Report on horse surra - Volume I
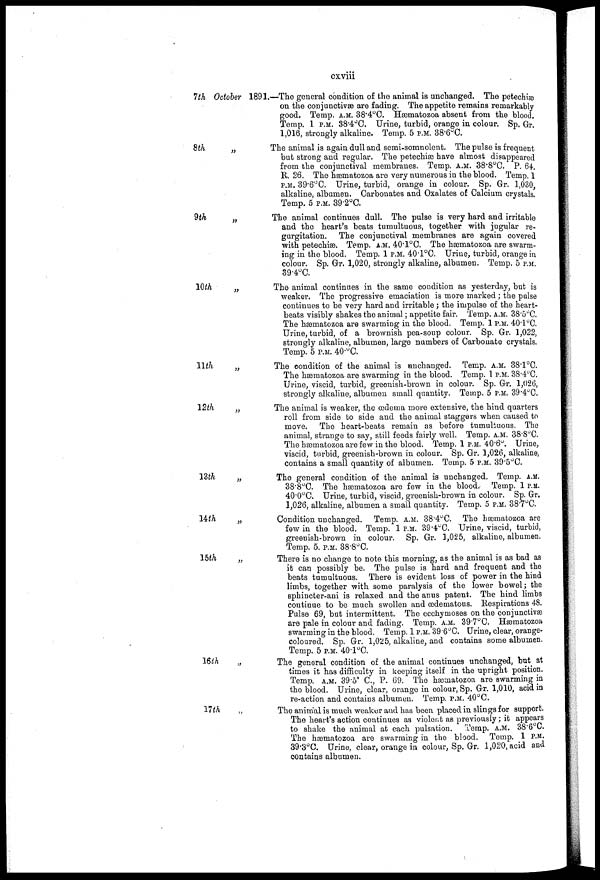
cxviii
1th October
8th
„
9th
10th
„
11th
„
12th
13th
14th
15th „
16th
17th
„
1891.—The general condition of the animal is unchanged. The petechiæ
on the conjunctivae are fading. The appetite remains remarkably
good. Temp. A.M. 38.4°C. Hæmatozoa absent from the blood.
Temp. 1 P.M. 38.4°C. Urine, turbid, orange in colour. Sp. Gr
1,016, strongly alkaline. Temp. 5 P.M. 38.6°C.
The animal is again dull and semi-somnolent. The pulse is frequent
but strong and regular. The petechiæ have almost disappeared
from the conjunctival membranes. Temp. A.M. 38.8°C. P. 64.
R. 26. The hæmatozoa are very numerous in the blood. Temp. 1
P.M. 39.6°C. Urine, turbid, orange in colour. Sp. Gr. 1,030
alkaline, albumen. Carbonates and Oxalates of Calcium crystals
Temp. 5 P.M. 39.2°C.
The animal continues dull. The pulse is very hard and irritable
and the heart's beats tumultuous, together with jugular re-
gurgitation. The conjunctival membranes are again covered
with petechias. Temp. A.M. 40.l°C. The hæmatozoa are swarm-
ing in the blood. Temp. 1 P.M. 40 . 1°C. Urine, turbid, orange in
colour. Sp. Gr. 1,020, strongly alkaline, albumen. Temp. 5 P.M.
39.4°C.
The animal continues in the same condition as yesterday, but is
weaker. The progressive emaciation is more marked ; the pulse
continues to be very hard and irritable; the impulse of the heart-
beats visibly shakes the animal; appetite fair. Temp. A.M. 38.5ºC.
The hæmatozoa are swarming in the blood. Temp. 1 P.M. 40.1°C.
Urine, turbid, of a brownish pea-soup colour. Sp. Gr. 1,022,
strongly alkaline, albumen, large numbers of Carbonate crystals.
Temp. 5 P.M. 40.°C.
The condition of the animal is unchanged. Temp. A.M. 38.1°C.
The hæmatozoa are swarming in the blood. Temp. 1 P.M. 3S.4°C.
Urine, viscid, turbid, greenish-brown in colour. Sp. Gr. 1,026,
strongly alkaline, albumen small quantity. Temp. 5 P.M. 39 . 4°C.
The animal is weaker, the œdema more extensive, the hind quarters
roll from side to side and the animal staggers when caused to
move. The heart-beats remain as before tumultuous. The
animal, strange to say, still feeds fairly well. Temp. A.M. 38.8°C.
The hæmatozoa are few in the blood. Temp. 1 P.M. 40.6°. Urine,
viscid, turbid, greenish-brown in colour. Sp. Gr. 1,026, alkaline,
contains a small quantity of albumen. Temp. 5 P.M. 39.5°C.
The general condition of the animal is unchanged. Temp. A.M.
38.8°C. The hæmatozoa are few in the blood. Temp. 1 P.M.
40.0°C. Urine, turbid, viscid, greenish-brown in colour. Sp. Gr.
1,026, alkaline, albumen a small quantity. Temp. 5 P.M. 38.7°C.
Condition unchanged. Temp. A.M. 38.4ºC. The hæmatozoa are
few in the blood. Temp. 1 P.M. 39.4°C. Urine, viscid, turbid,
greenish-brown in colour. Sp. Gr. 1,025, alkaline, albumen.
Temp. 5. P.M. 38.8°C.
There is no change to note this morning, as the animal is as bad as
it can possibly be. The pulse is hard and frequent and the
beats tumultuous. There is evident loss of power in the hind
limbs, together with some paralysis of the lower bowel ; the
sphincter-ani is relaxed and the anus patent. The hind limbs
continue to be much swollen and œdematous. Respirations 48.
Pulse 69, but intermittent. The ecchymoses on the conjunctivas
are pale in colour and fading. Temp. A.M. 39.7°C. Hæmatozoa
swarming in the blood. Temp. 1 P.M. 39.6°C. Urine, clear, orange-
coloured. Sp. Gr. 1,025, alkaline, and contains some albumen.
Temp. 5 P.M. 40.1°C.
The general condition of the animal continues unchanged, but at
times it has difficulty in keeping itself in the upright position.
Temp. A.M. 39.5ºC, P. 69. The hæmatozoa are swarming in
the blood. Urine, clear, orange in colour, Sp. Gr. 1,010, acid in
re-action and contains albumen. Temp. P.M. 40°C.
The animal is much weaker and has been placed in slings for support.
The heart's action continues as violent as previously; it appears
to shake the animal at each pulsation. Temp. A.M. 38.6°C.
The hæmatozoa are swarming in the blood. Temp. 1 P.M.
39.3°C. Urine, clear, orange in colour, Sp. Gr. 1,020, acid and
contains albumen.